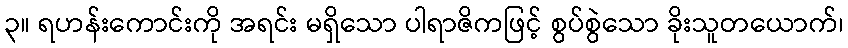
၃။ ရဟန်းကောင်းကို အရင်း မရှိသော ပါရာဇိကဖြင့် စွပ်စွဲသော ခိုးသူတယောက်၊